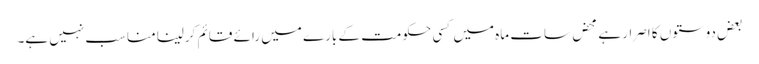
بعض دوستوں کا اصرار ہے محض سات ماہ میں کسی حکومت کے بارے میں رائے قائم کرلینا مناسب نہیں ہے۔